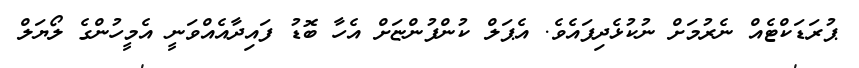
ޕުރަޑަކްޓެއް ނެރުމަށް ނުކުޅެދިފައެވެ. އެޕަލް ކުންފުންޏަށް އެހާ ބޮޑު ފައިދާއެއްވަނީ އެމީހުންގެ ލޯޔަލް